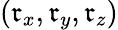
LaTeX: (\mathfrak{r}_{x},\mathfrak{r}_{y},\mathfrak{r}_{z})